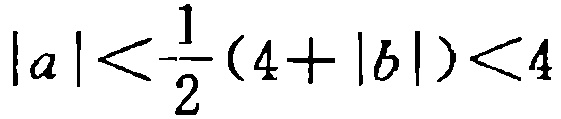
\(|a|<\frac{1}{2}(4 + |b|)<4\)